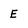
Character: E